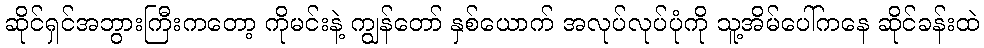
ဆိုင်ရှင်အဘွားကြီးကတော့ ကိုမင်းနဲ့ ကျွန်တော် နှစ်ယောက် အလုပ်လုပ်ပုံကို သူ့အိမ်ပေါ်ကနေ ဆိုင်ခန်းထဲ